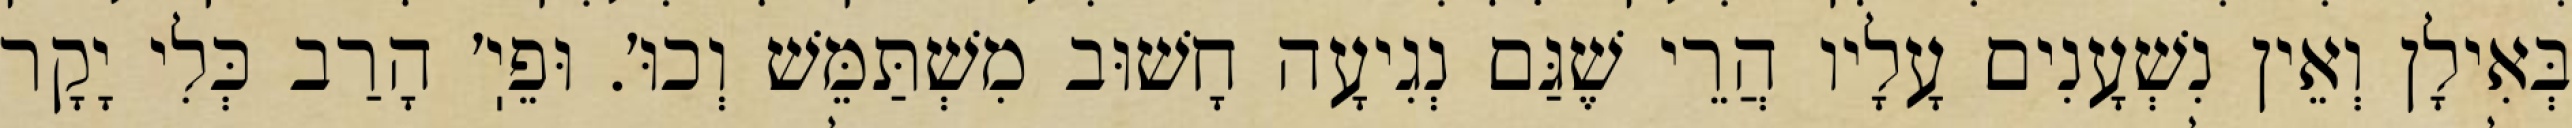
בְּאִילָן וְאֵין נִשְׁעָנִים עָלָיו הֲרֵי שֶׁגַּם נְגִיעָה חָשׁוּב מִשְׁתַּמֵּשׁ וְכוּ׳. וּפֵיֽ׳ הָרַב כְּלִי יָקָר